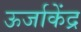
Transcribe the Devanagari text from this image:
ऊर्जाकेंद्र